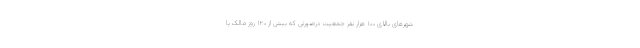
شهرهای بالای ۱۰۰ هزار نفر جمعیت درصورتی که بیش از ۱۲۰ روز مالک یا